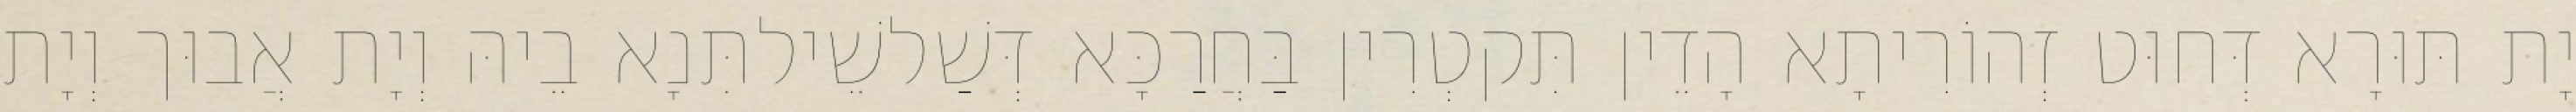
יָת תּוּרָא דְּחוּט זְהוֹרִיתָא הָדֵין תִּקטְרִין בַּחֲרַכָּא דְּשַׁלשֵׁילתִּנָא בֵיהּ וְיָת אֲבוּך וְיָת